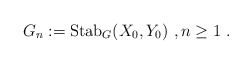
\begin{align*}G_n := \mbox{\rm Stab}_{G}(X_0, Y_0)\ ,n \ge 1\ .\end{align*}